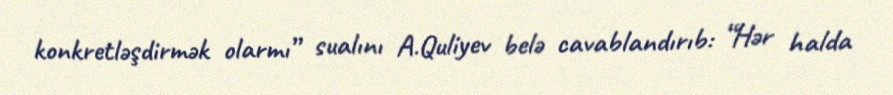
konkretləşdirmək olarmı” sualını A.Quliyev belə cavablandırıb: “Hər halda